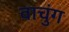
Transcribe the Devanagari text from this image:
वाचुंग